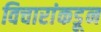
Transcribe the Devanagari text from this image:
विचारांकडून